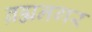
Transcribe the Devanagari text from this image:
ब्रह्मनगर